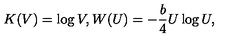
K ( V ) = \log V , W ( U ) = - { \frac { b } { 4 } } U \log U ,